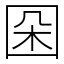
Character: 𡇙